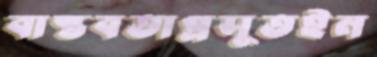
বাস্তবতাপ্রসূতইন